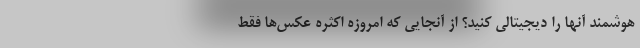
هوشمند آنها را دیجیتالی کنید؟ از آنجایی که امروزه اکثره عکس‌ها فقط